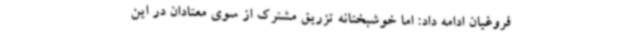
فروغیان ادامه داد: اما خوشبختانه تزریق مشترک از سوی معتادان در این